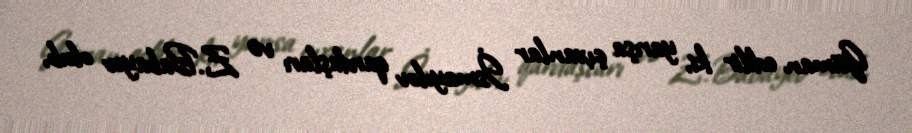
Güman edilir ki, yarışa çıxanlar İsmayılov qardaşları və Z.Babayev olub,